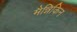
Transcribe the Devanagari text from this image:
मैन्निकिन